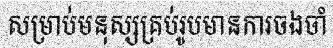
សម្រាប់មនុស្សគ្រប់រូបមានការចងចាំ